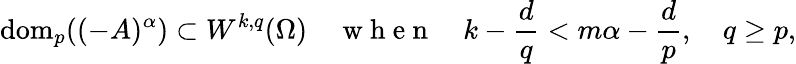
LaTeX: \mathrm{dom}_{p}((-A)^{\alpha})\subset W^{k,q}(\Omega)\quad\mathrm{~w~h~e~n~}\quad k-\frac{d}{q}<m\alpha-\frac{d}{p},\quad q\geq p,